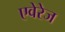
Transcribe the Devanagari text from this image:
एवेरेज